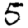
Digit: 5